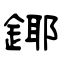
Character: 鎁